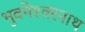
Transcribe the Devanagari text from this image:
भुवनेश्‍वरनाथ